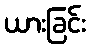
ယားခြင်း